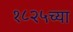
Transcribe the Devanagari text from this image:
१८२५च्या